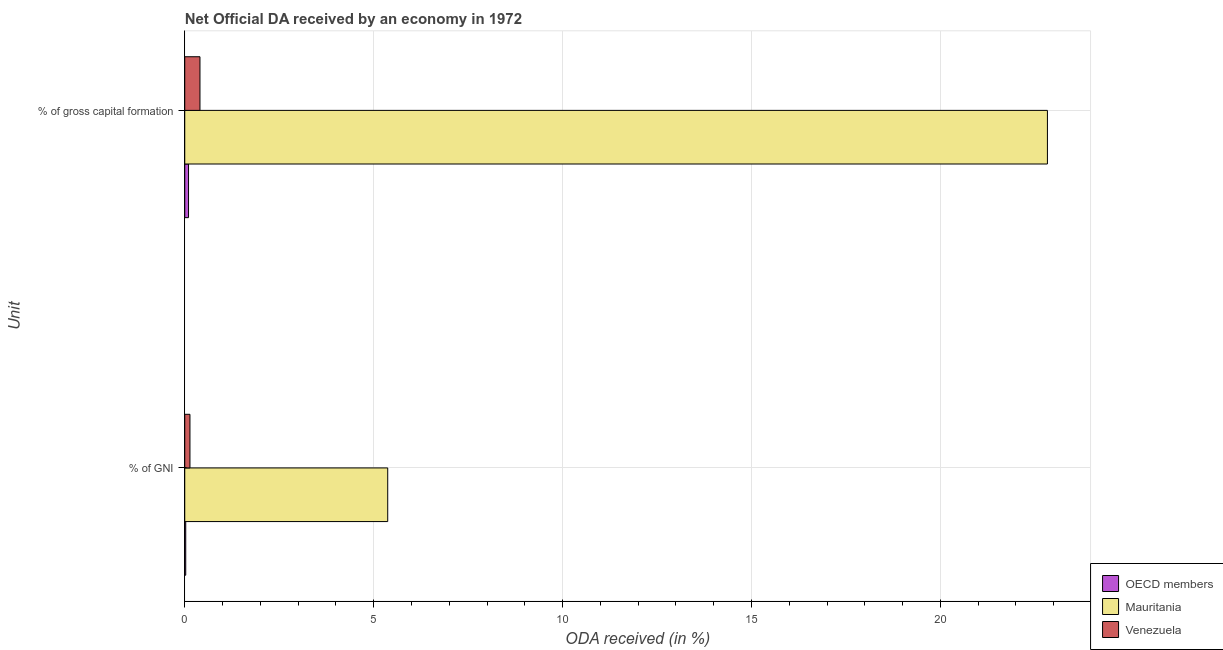
| Unit | OECD members | Mauritania | Venezuela |
 | --- | --- | --- | --- |
 | % of GNI | 0.0258 | 5.37 | 0.138 |
 | % of gross capital formation | 0.1 | 22.8 | 0.403 |